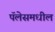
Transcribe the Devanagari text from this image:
पॅलेसमधील